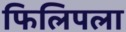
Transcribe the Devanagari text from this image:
फिलिपला